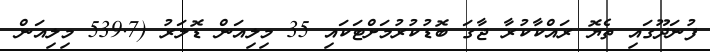
ފުނަދޫގައި ތެޔޮ ރައްކާކުރާ ޖާގަ ބޮޑުކުރުމަށްޓަކައި 35 މިލިއަން ޑޮލަރު (539.7 މިލިއަން